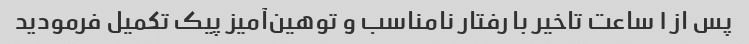
پس از ۱ ساعت تاخیر با رفتار نامناسب و توهین‌آمیز پیک تکمیل فرمودید